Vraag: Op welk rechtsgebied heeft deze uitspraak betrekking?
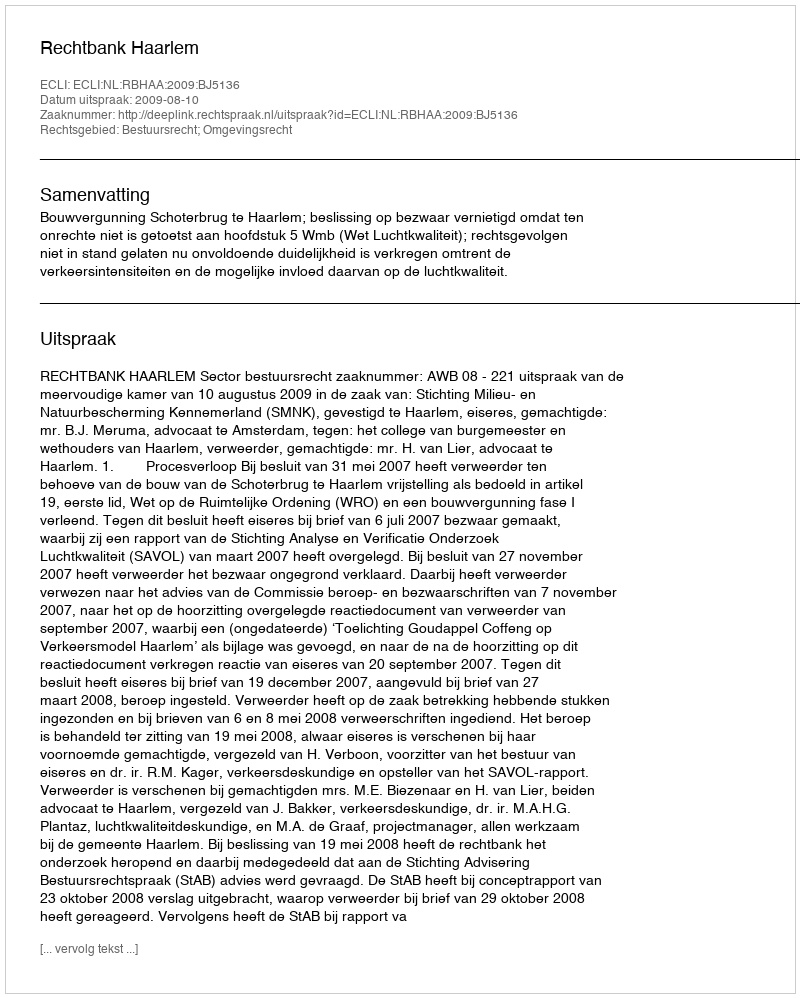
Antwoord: Bestuursrecht; Omgevingsrecht